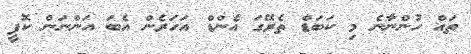
ތައް ހުންނާނެ މި ކަބަޑް ތެރޭގަ އެންޑް އަހަރެން އެބަ އަންނަން ކޮފީ